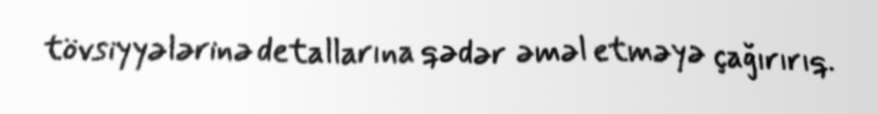
tövsiyyələrinə detallarına qədər əməl etməyə çağırırıq.